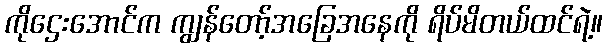
ကိုဌေးအောင်က ကျွန်တော့်အခြေအနေကို ရိပ်မိတယ်ထင်ရဲ့။